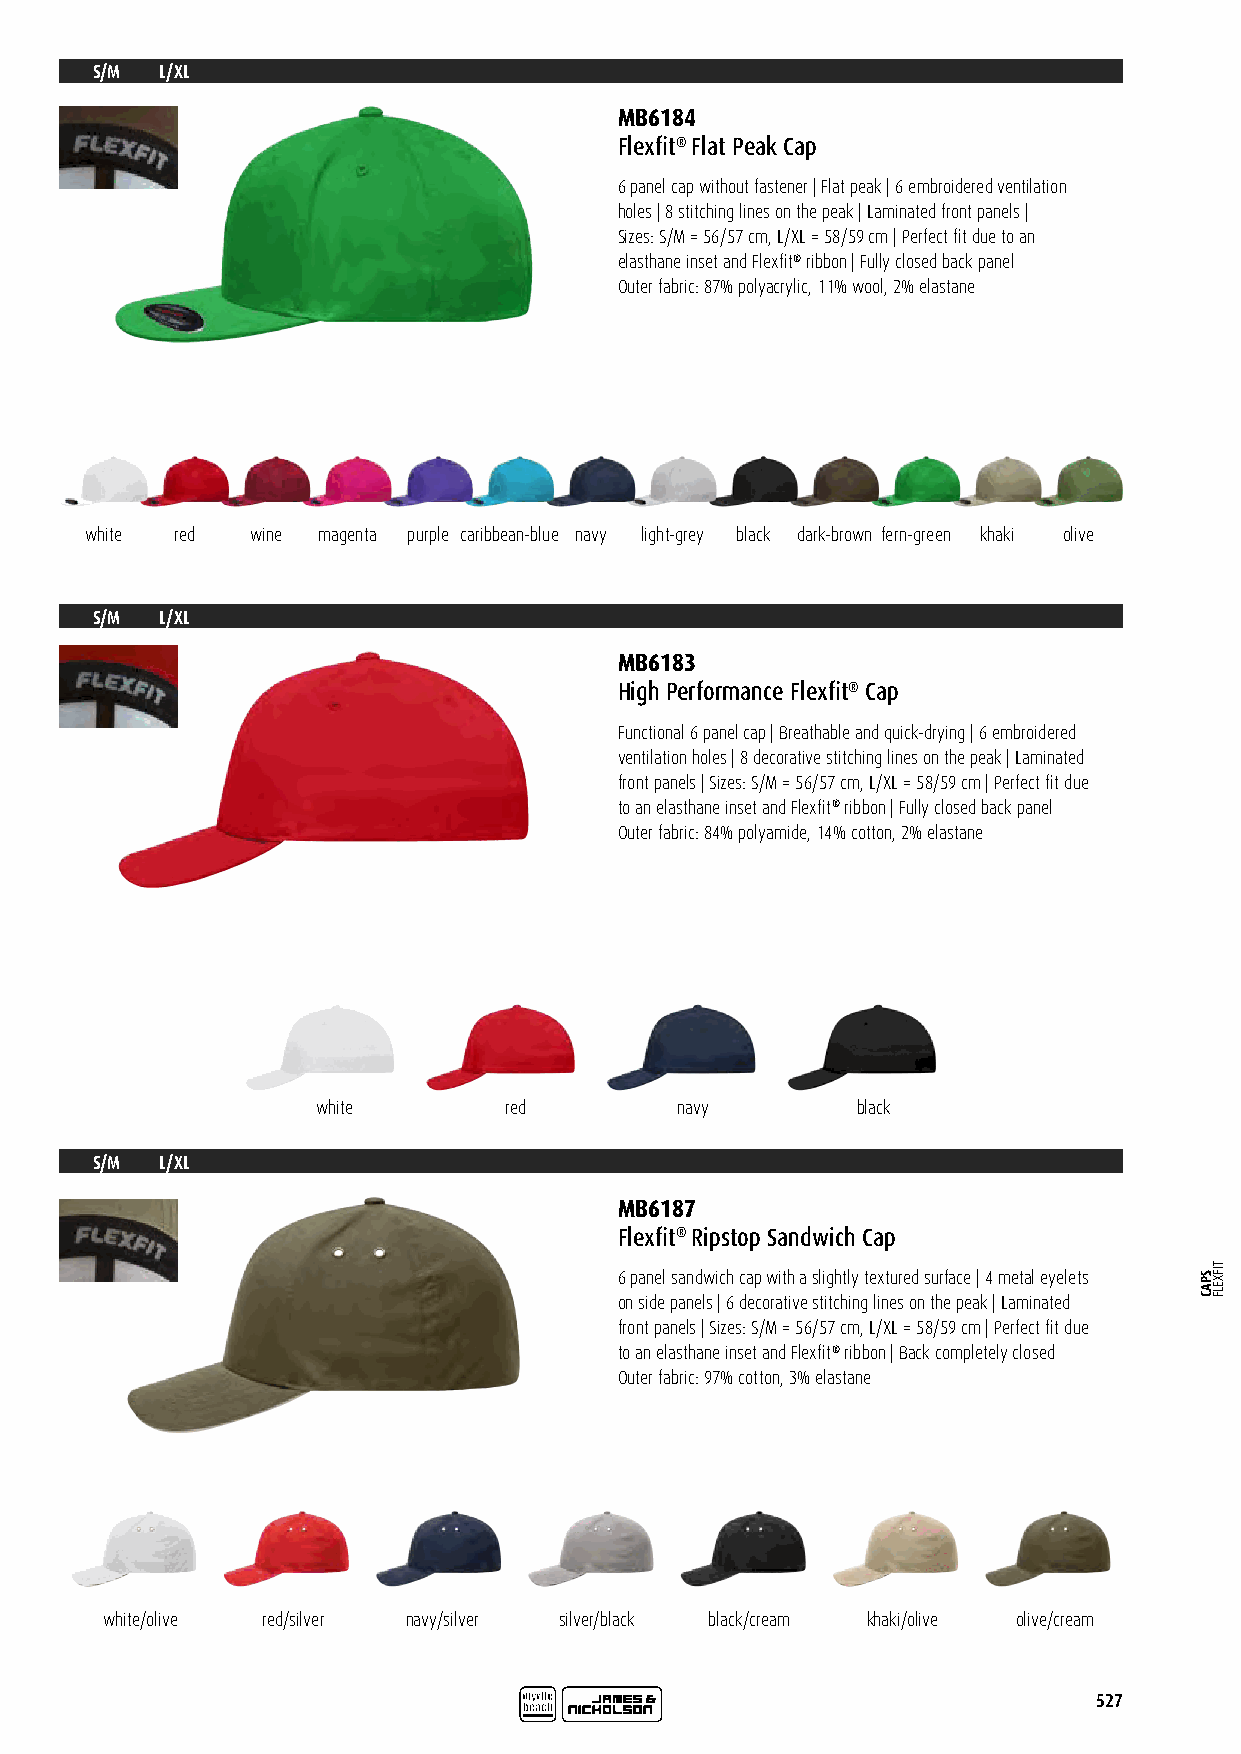
S/M L/XL
 MB6184
 Flexfit® Flat Peak Cap
 6 panel cap without fastener | Flat peak | 6 embroidered ventilation
 holes | 8 stitching lines on the peak | Laminated front panels |
 Sizes: S/M = 56/57 cm, L/XL = 58/59 cm | Perfect fit due to an
 elasthane inset and Flexfit® ribbon | Fully closed back panel
 Outer fabric: 87% polyacrylic, 11% wool, 2% elastane
 white red  wine magenta purple caribbean-blue navy light-grey black dark-brown fern-green khaki olive
 S/M L/XL
 MB6183
 High Performance Flexfit® Cap
 Functional 6 panel cap | Breathable and quick-drying | 6 embroidered
 ventilation holes | 8 decorative stitching lines on the peak | Laminated
 front panels | Sizes: S/M = 56/57 cm, L/XL = 58/59 cm | Perfect fit due
 to an elasthane inset and Flexfit® ribbon | Fully closed back panel
 Outer fabric: 84% polyamide, 14% cotton, 2% elastane
 white       red         navy        black
 S/M L/XL
 MB6187
 Flexfit® Ripstop Sandwich Cap
 6 panel sandwich cap with a slightly textured surface | 4 metal eyelets
 on side panels | 6 decorative stitching lines on the peak | Laminated
 front panels | Sizes: S/M = 56/57 cm, L/XL = 58/59 cm | Perfect fit due
 to an elasthane inset and Flexfit® ribbon | Back completely closed
 Outer fabric: 97% cotton, 3% elastane
 white/olive red/silver navy/silver silver/black black/cream khaki/olive olive/cream
 527
 SPAC
 TIFXELF